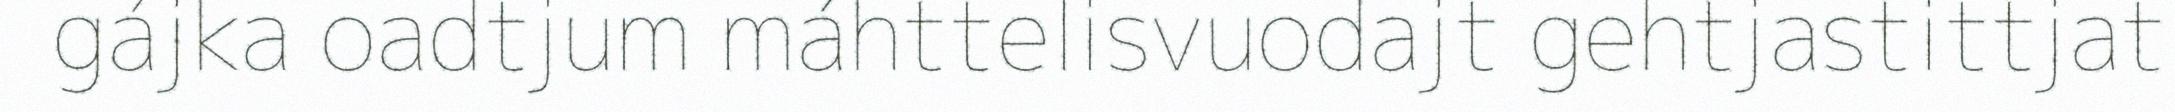
gájka oadtjum máhttelisvuodajt gehtjastittjat